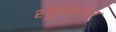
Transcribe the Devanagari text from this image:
रघुवंशसार